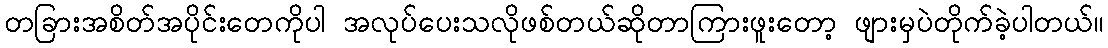
တခြားအစိတ်အပိုင်းတေကိုပါ အလုပ်ပေးသလိုဖစ်တယ်ဆိုတာကြားဖူးတော့ ဖျားမှပဲတိုက်ခဲ့ပါတယ်။